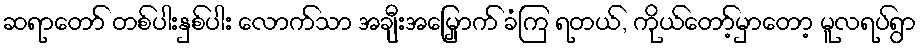
ဆရာတော် တစ်ပါးနှစ်ပါး လောက်သာ အချီးအမြှောက် ခံကြ ရတယ်, ကိုယ်တော့်မှာတော့ မူလရပ်ရွာ